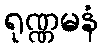
ရုဏ္ဏမနံ